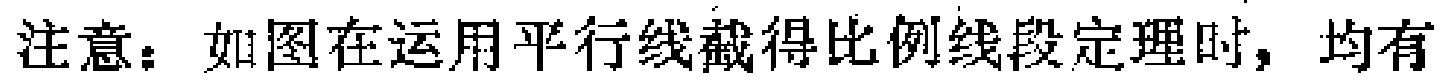
注意：如图在运用平行线截得比例线段定理时，均有